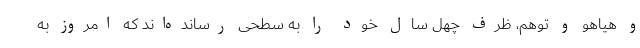
و هیاهو و توهم، ظرف چهل سال خود را به سطحی رسانده‌اند که امروز به